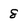
Character: 8